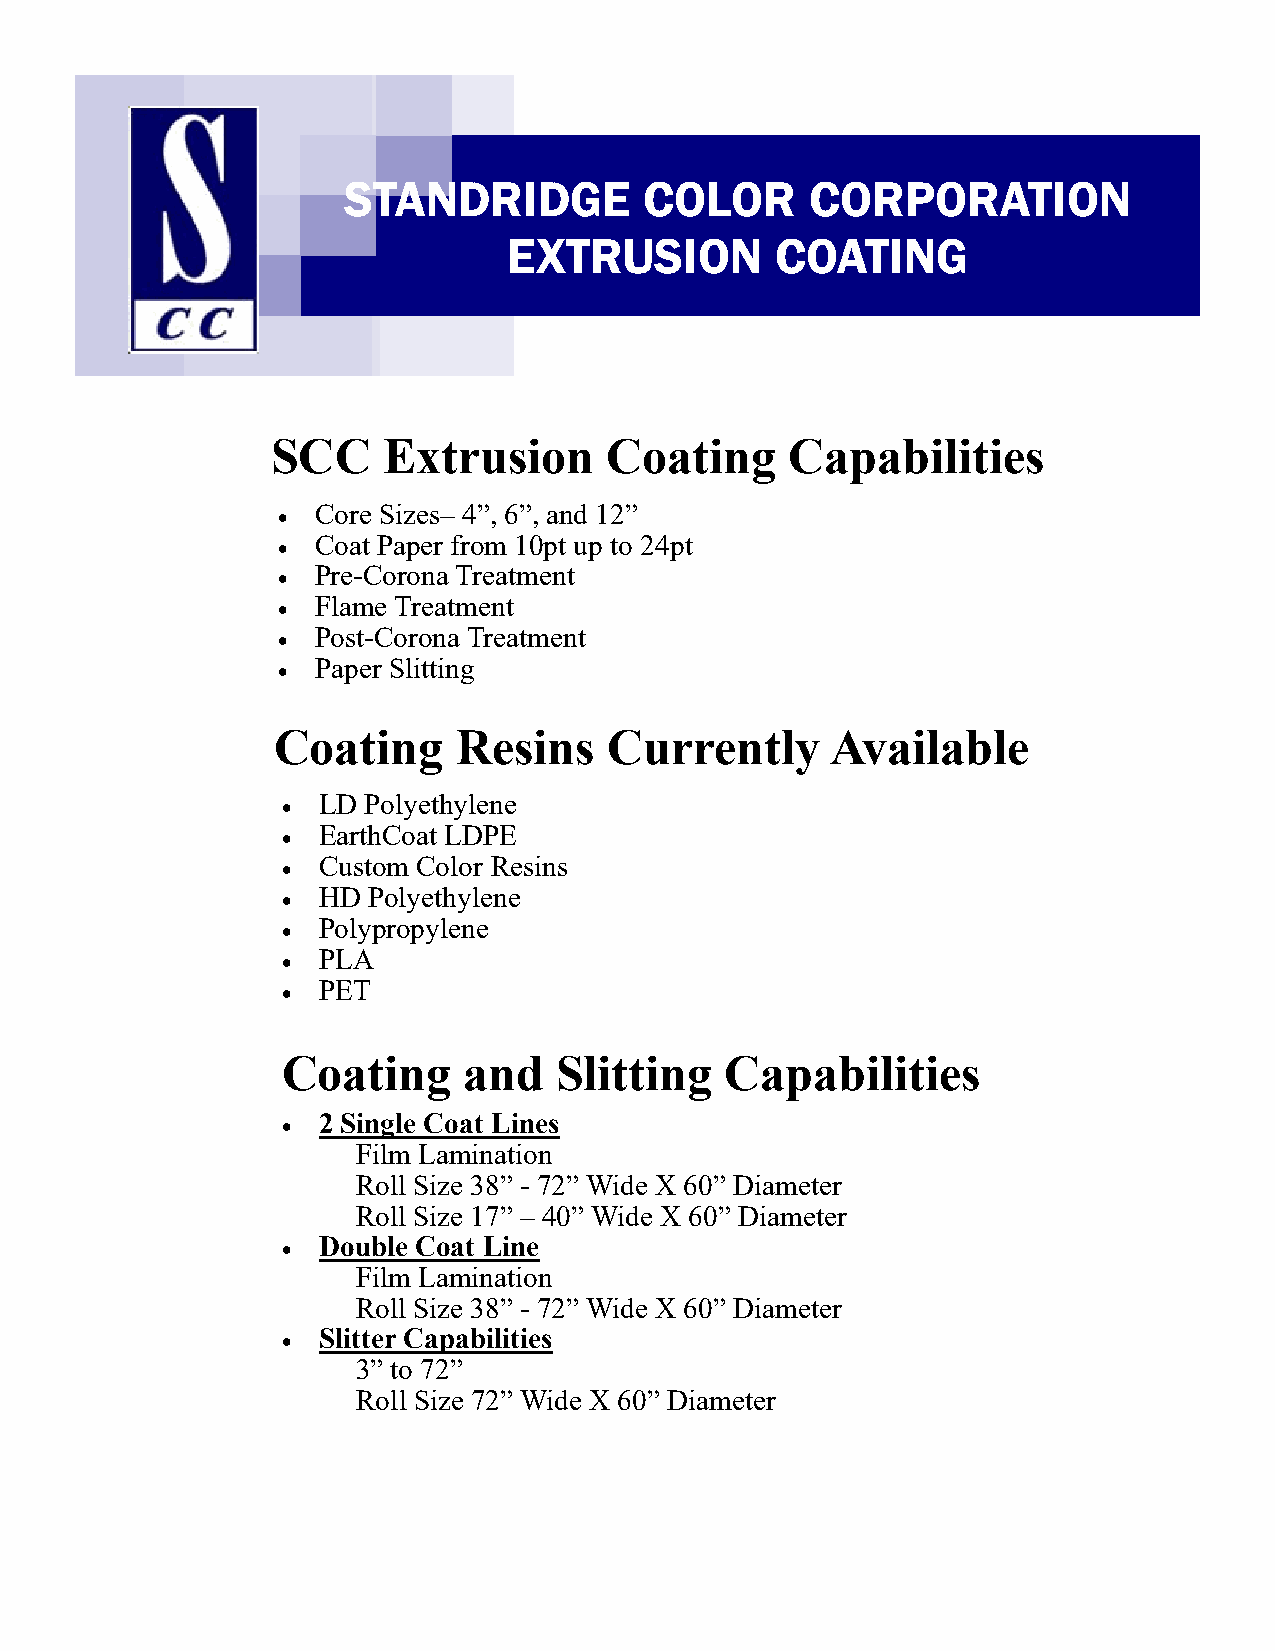
STANDRIDGE          COLOR      CORPORATION
 EXTRUSION        COATING
 SCC    Extrusion      Coating     Capabilities
 Core Sizes– 4”, 6”, and 12”
 
 Coat Paper from 10pt up to 24pt
 
 Pre-Corona Treatment
 
 Flame Treatment
 
 Post-Corona Treatment
 
 Paper Slitting
 
 Coating     Resins    Currently      Available
 LD Polyethylene
 
 EarthCoat LDPE
 
 Custom Color Resins
 
 HD Polyethylene
 
 Polypropylene
 
 PLA
 
 PET
 
 Coating     and   Slitting   Capabilities
 2 Single Coat Lines
 
 Film Lamination
 Roll Size 38” - 72” Wide X 60” Diameter
 Roll Size 17” – 40” Wide X 60” Diameter
 Double Coat Line
 
 Film Lamination
 Roll Size 38” - 72” Wide X 60” Diameter
 Slitter Capabilities
 
 3” to 72”
 Roll Size 72” Wide X 60” Diameter